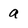
Character: a